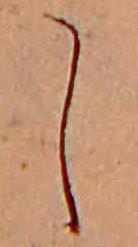
し